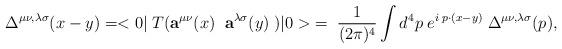
LaTeX: \begin{align*}\Delta^{\mu\nu,\lambda\sigma}(x -y)=<0|\;T({\bf a}^{\mu\nu}(x)\;\;{\bf a}^{\lambda\sigma}(y)\;)|0>\;=\;\frac{1}{(2\pi)^4}\int d^4p\;e^{i\;p\cdot(x-y)}\;\Delta^{\mu\nu,\lambda\sigma}(p),\end{align*}